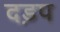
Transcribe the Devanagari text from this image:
दड़प